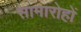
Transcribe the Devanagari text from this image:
सामारोहों